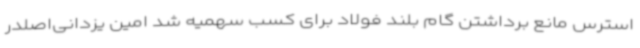
استرس مانع برداشتن گام بلند فولاد برای کسب سهمیه شد امین یزدانی‌اصلدر